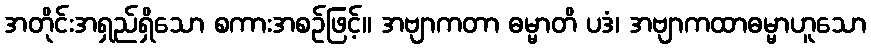
အတိုင်းအရှည်ရှိသော စကားအစဉ်ဖြင့်။ အဗျာကတာ ဓမ္မာတိ ပဒံ၊ အဗျာကထာဓမ္မာဟူသော